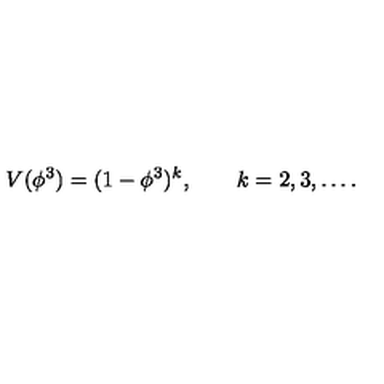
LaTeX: V ( \phi ^ { 3 } ) = ( 1 - \phi ^ { 3 } ) ^ { k } , \qquad k = 2 , 3 , \ldots .